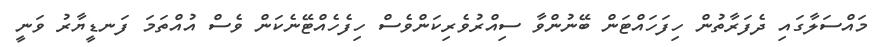
މައްސަލާގައި ދެފަރާތުން ހިފަހައްޓަން ބޭނުންވާ ސިއްރުވެރިކަންވެސް ހިފެހެއްޓޭނެކަން ވެސް އުއްތަމަ ފަނޑީޔާރު ވަނީ